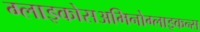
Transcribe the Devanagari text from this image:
ग्लाइकोसअमिनोग्लाइकन्स